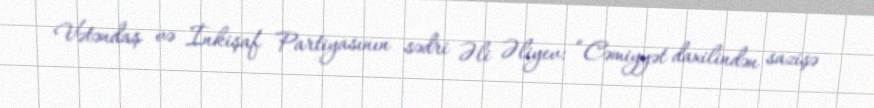
Vətəndaş və İnkişaf Partiyasının sədri Əli Əliyev: “Cəmiyyət daxilindən sazişə